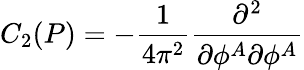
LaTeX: C_{2}(P)=-\frac 1{4\pi^{2}}\frac{\partial^{2}}{\partial\phi^{A}\partial\phi^{A}}